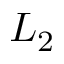
L _ { 2 }